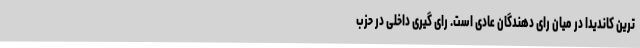
ترین کاندیدا در میان رای دهندگان عادی است. رای گیری داخلی در حزب